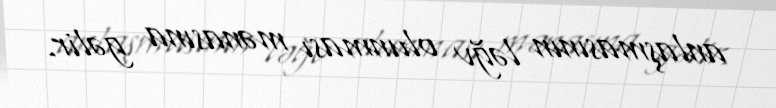
anlaşmasının ləğv olunması mənasına gəlir.